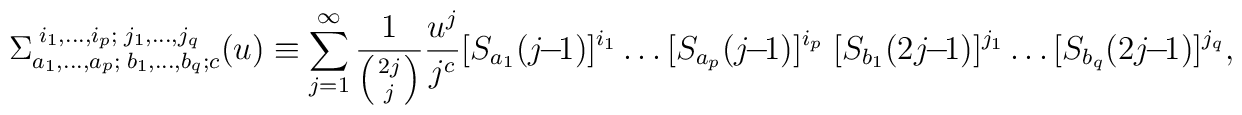
\Sigma_{a_1,\ldots,a_p;\; b_1,\ldots,b_q;c}^{\; i_1,\ldots,i_p; \;j_1,\ldots,j_q}(u)\equiv\sum_{j=1}^\infty \frac{1}{\left( 2j \atop j\right) } \frac{u^j}{j^c}[S_{a_1}(j\!-\!1)]^{i_1}\ldots [S_{a_p}(j\!-\!1)]^{i_p}\;[S_{b_1}(2j\!-\!1)]^{j_1}\ldots [S_{b_q}(2j\!-\!1)]^{j_q},